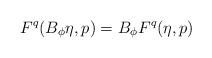
LaTeX: \begin{align*}F^q(B_\phi\eta,p) = B_\phi F^q(\eta,p)\end{align*}